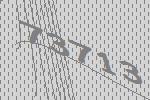
73713